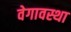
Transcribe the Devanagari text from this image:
वेगावस्था